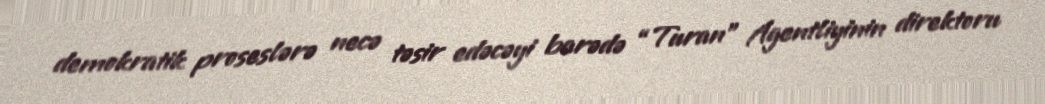
demokratik proseslərə necə təsir edəcəyi barədə “Turan” Agentliyinin direktoru